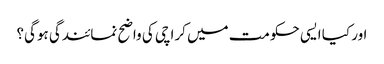
اور کیا ایسی حکومت میں کراچی کی واضح نمائندگی ہوگی؟